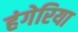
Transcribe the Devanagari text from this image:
हंगेरिया